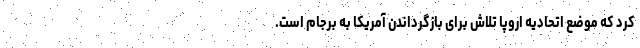
کرد که موضع اتحادیه اروپا تلاش برای بازگرداندن آمریکا به برجام است.